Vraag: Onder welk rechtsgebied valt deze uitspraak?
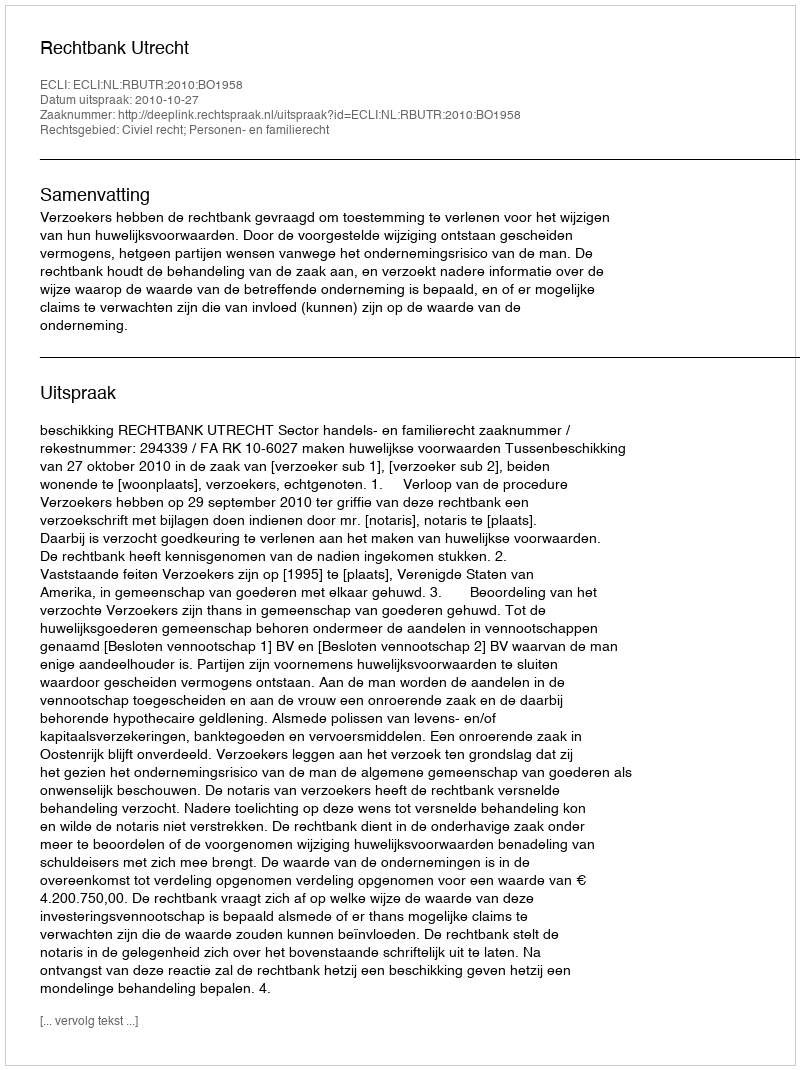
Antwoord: Civiel recht; Personen- en familierecht